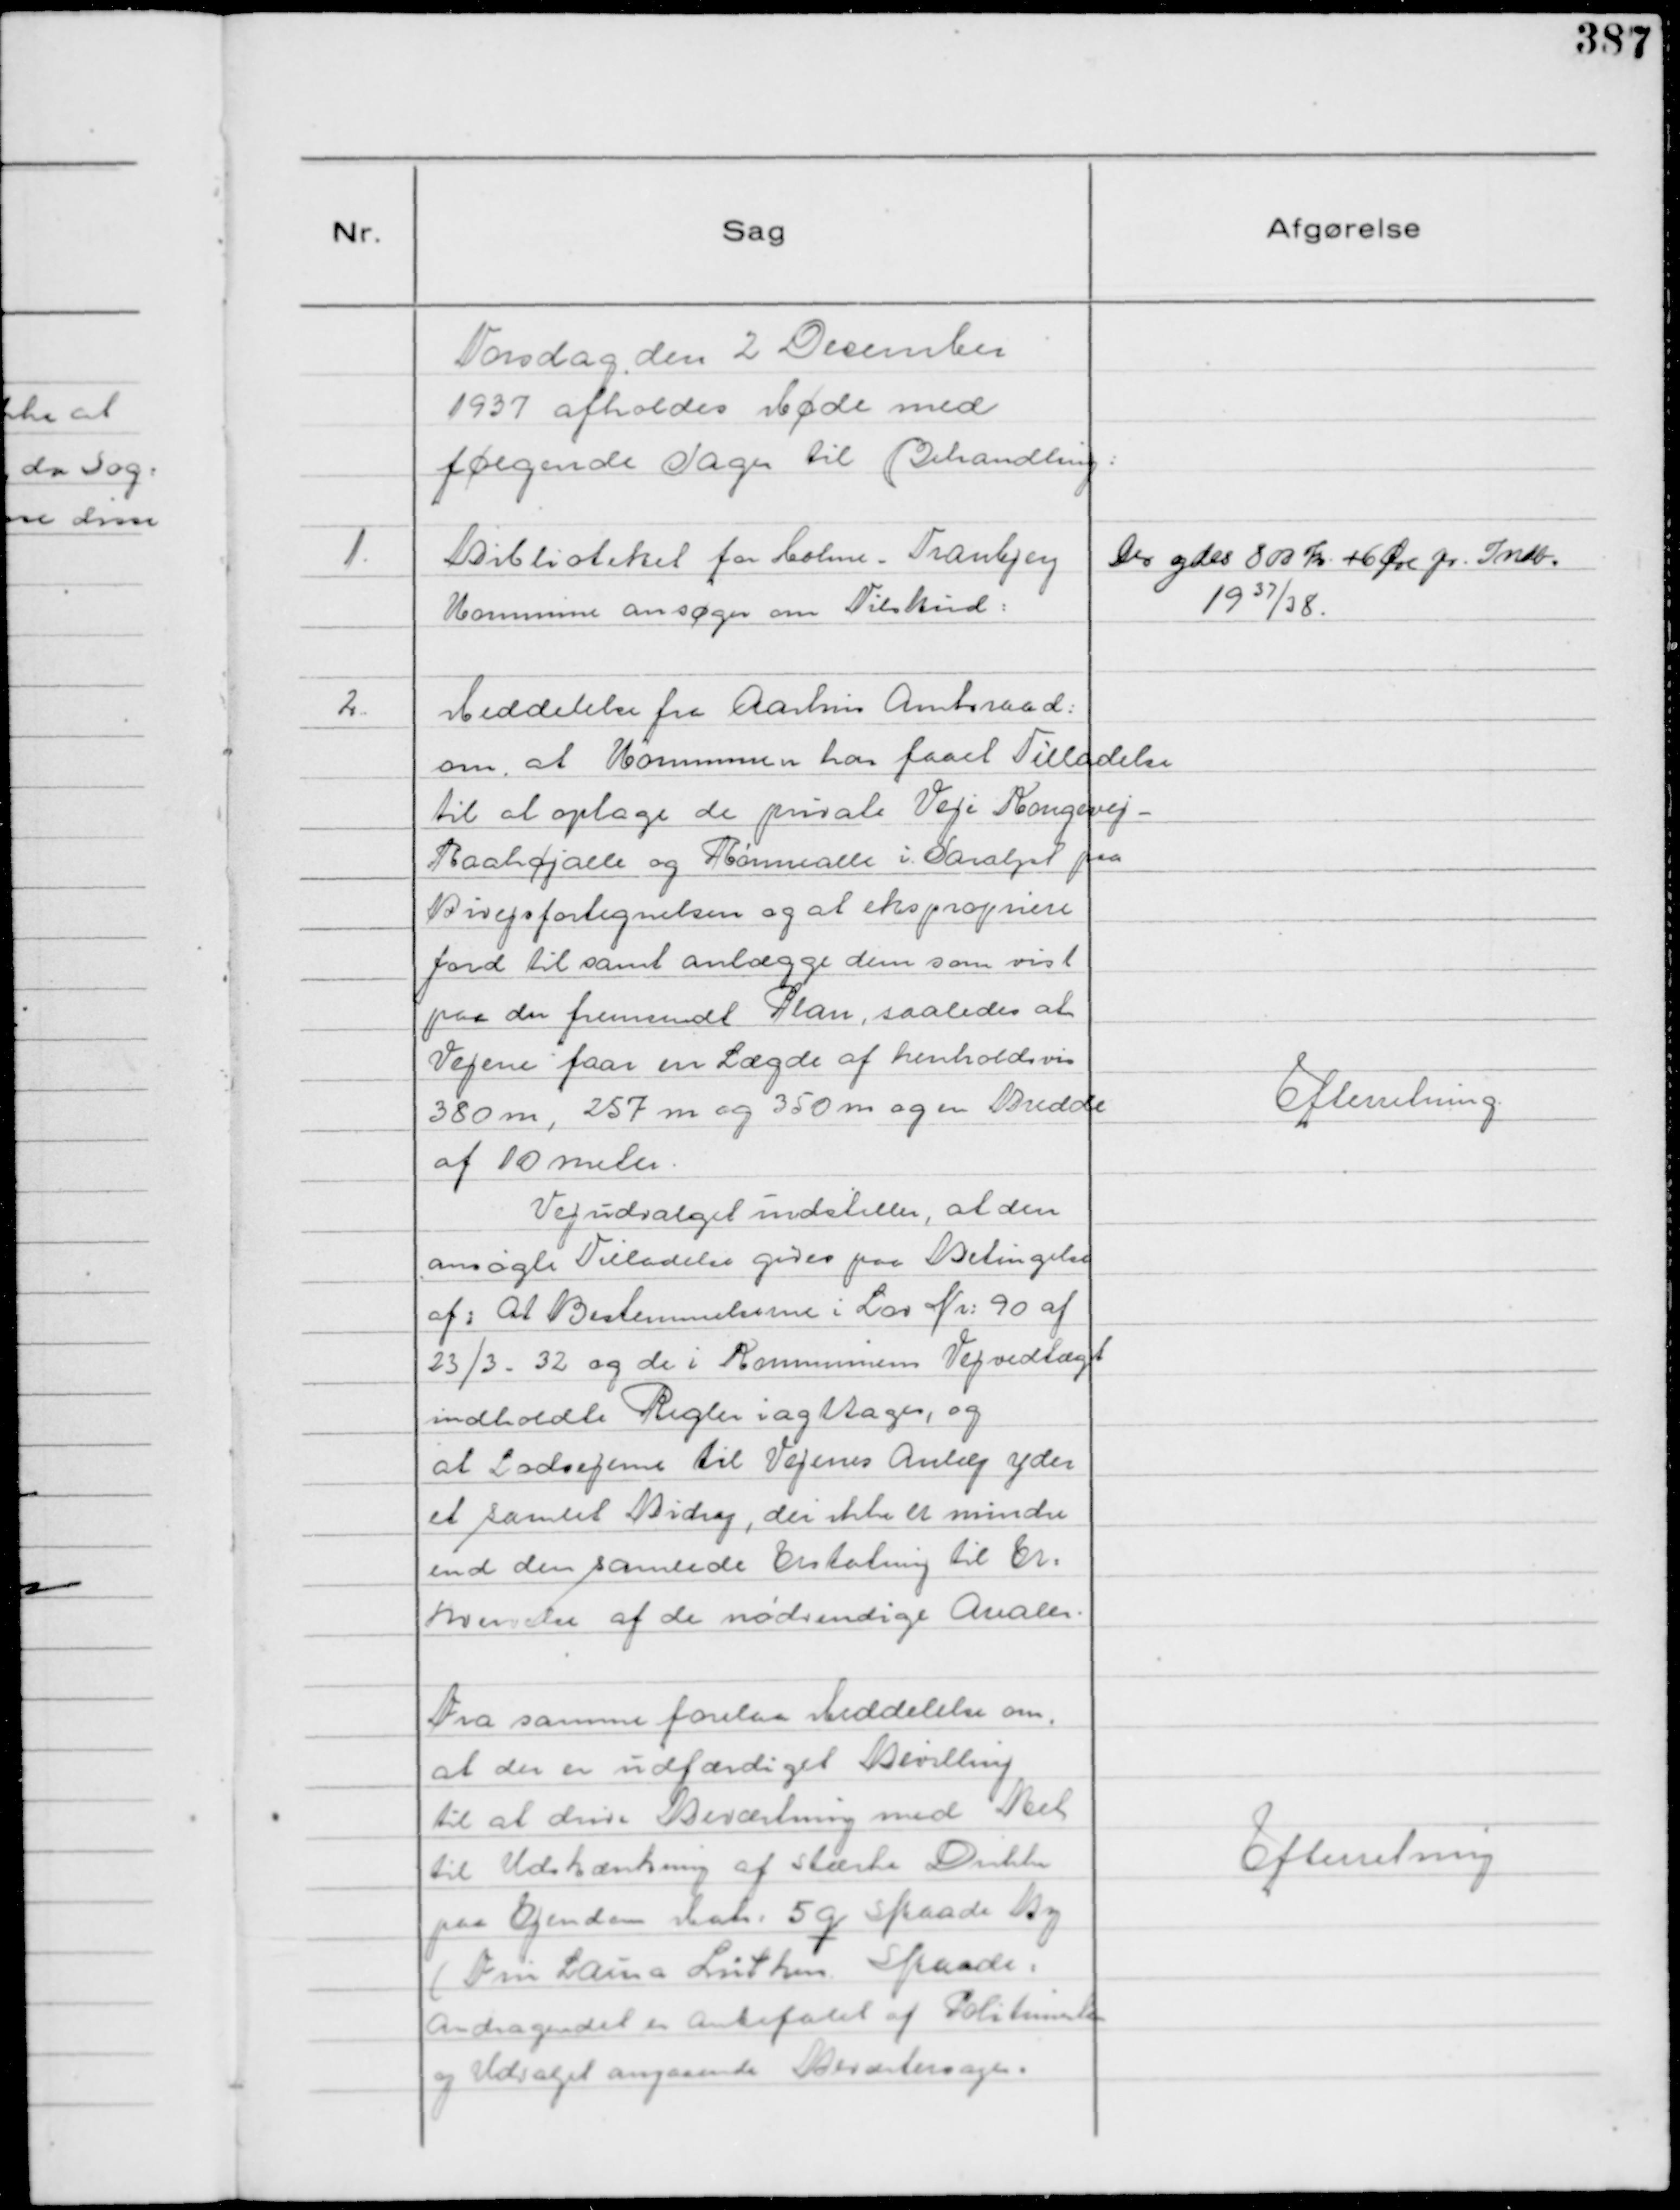
Transskription:
Torsdag den 2 December
1937 afholdes Møde med
følgende Sager til Behandling:

1.
Biblioteket for Holme - Tranbjerg
Kommune ansøger om Tilskud:

Der ydes 800 Kr. + 6 Øre pr. Indb.
1937/38.

2.
Meddelelse fra Aarhus Amtsraad:
om, at Kommunen har faaet Tilladelse
til at optage de private Veje Kongevej -
Raahøjalle og Rønnealle i Saralyst paa
Bivejsfortegnelsen og at ekspropriere
Jord til samt anlægge dem som vist
paa fremsendt Plan, saaledes at
Vejene faar en Længde af henholdsvis
380 m, 257 m og 350 m og en Bredde
af 10 meter.
Vejudvalget indstiller, at den
ansøgte Tilladelse gives paa Betingelse
af: At Bestemmelserne i Lov Nr: 90 af
23/3 - 32 og de i Kommunens Vejvedtægt
indeholdte Regler iagttages, og
at Lodsejerne til Vejenes Anlæg yder
et samlet Bidrag, der ikke er mindre
end den samlede Erstatning til Er=
hvervelse af de nødvendige Arealer.

Efterretning.

Fra samme forelaa Meddelelse om,
at der er udfærdiget Bevilling
til at drive Beværtning med Ret
til Udskænkning af stærke Drikke
paa Ejendom Matr: 5 q Skaade By
( Fru Laura Lütken. Skaade:
Andragendet er anbefalet af Politimester
og Udvalget angaaende Beværtersager.

Efterretning